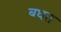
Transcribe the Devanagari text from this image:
बधत